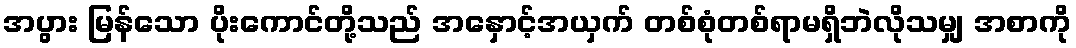
အပွား မြန်သော ပိုးကောင်တို့သည် အနှောင့်အယှက် တစ်စုံတစ်ရာမရှိဘဲလိုသမျှ အစာကို